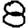
Digit: 8